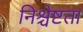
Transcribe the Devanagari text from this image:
निश्चेष्टता